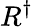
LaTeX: R^{\dagger}